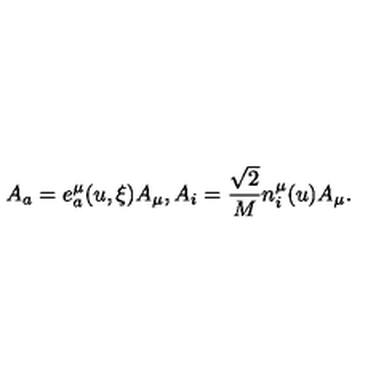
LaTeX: A _ { a } = e _ { a } ^ { \mu } ( u , \xi ) A _ { \mu } , A _ { i } = \frac { \sqrt { 2 } } { M } n _ { i } ^ { \mu } ( u ) A _ { \mu } .